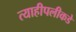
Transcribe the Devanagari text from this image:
त्याहीपलीकडे